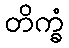
တိက္ခံ